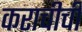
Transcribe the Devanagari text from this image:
कराचीची